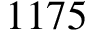
1 1 7 5